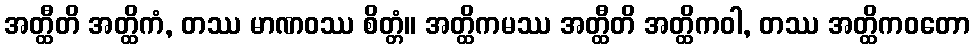
အတ္ထီတိ အတ္ထိကံ, တဿ မာဏဝဿ စိတ္တံ။ အတ္ထိကမဿ အတ္ထီတိ အတ္ထိကဝါ, တဿ အတ္ထိကဝတော